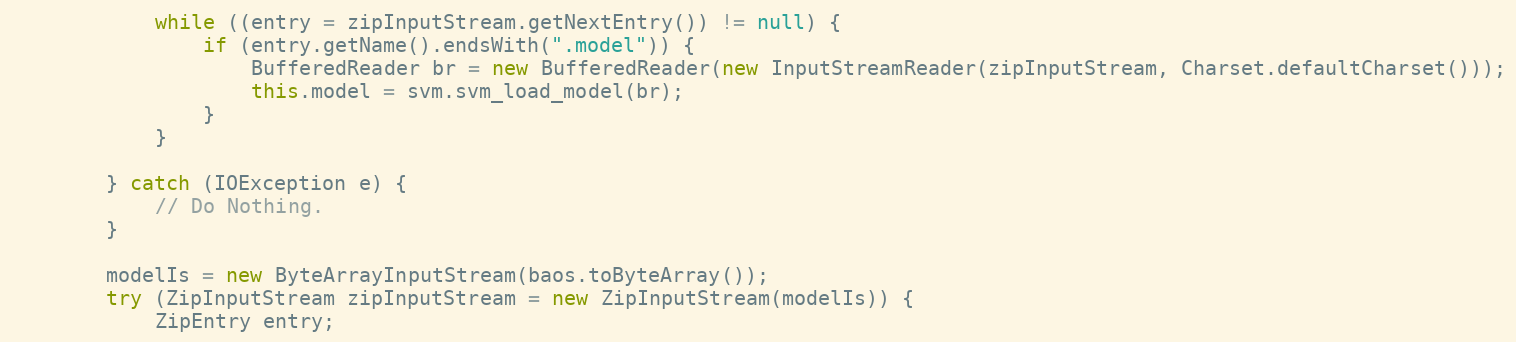
Language: Java
            while ((entry = zipInputStream.getNextEntry()) != null) {
                if (entry.getName().endsWith(".model")) {
                    BufferedReader br = new BufferedReader(new InputStreamReader(zipInputStream, Charset.defaultCharset()));
                    this.model = svm.svm_load_model(br);
                }
            }

        } catch (IOException e) {
            // Do Nothing.
        }

        modelIs = new ByteArrayInputStream(baos.toByteArray());
        try (ZipInputStream zipInputStream = new ZipInputStream(modelIs)) {
            ZipEntry entry;